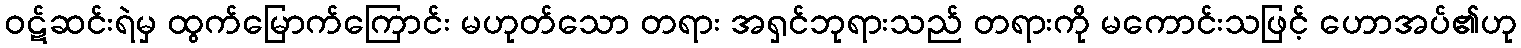
ဝဋ်ဆင်းရဲမှ ထွက်မြောက်ကြောင်း မဟုတ်သော တရား အရှင်ဘုရားသည် တရားကို မကောင်းသဖြင့် ဟောအပ်၏ဟု